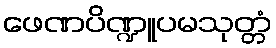
ဖေဏပိဏ္ဍူပမသုတ္တံ